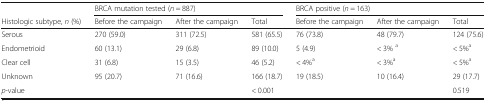
<table><thead><tr><td></td><td colspan="3"><b>BRCA mutation tested (<i>n</i> = 887)</b></td><td colspan="3"><b>BRCA positive (<i>n</i> = 163)</b></td></tr><tr><td><b>Histologic subtype, <i>n</i> (%)</b></td><td><b>Before the campaign</b></td><td><b>After the campaign</b></td><td><b>Total</b></td><td><b>Before the campaign</b></td><td><b>After the campaign</b></td><td><b>Total</b></td></tr></thead><tbody><tr><td>Serous</td><td>270 (59.0)</td><td>311 (72.5)</td><td>581 (65.5)</td><td>76 (73.8)</td><td>48 (79.7)</td><td>124 (75.6)</td></tr><tr><td>Endometrioid</td><td>60 (13.1)</td><td>29 (6.8)</td><td>89 (10.0)</td><td>5 (4.9)</td><td>&lt; 3% <sup>a</sup></td><td>&lt; 5%<sup>a</sup></td></tr><tr><td>Clear cell</td><td>31 (6.8)</td><td>15 (3.5)</td><td>46 (5.2)</td><td>&lt; 4%<sup>a</sup></td><td>&lt; 3%<sup>a</sup></td><td>&lt; 5%<sup>a</sup></td></tr><tr><td>Unknown</td><td>95 (20.7)</td><td>71 (16.6)</td><td>166 (18.7)</td><td>19 (18.5)</td><td>10 (16.4)</td><td>29 (17.7)</td></tr><tr><td><i>p</i>-value</td><td></td><td></td><td>&lt; 0.001</td><td></td><td></td><td>0.519</td></tr></tbody></table>